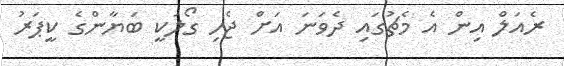
ރެއަލް އިން އެ މެޗުގައި ދެވަނަ އަށް ޖެހި ގޯލަކީ ބަޔާންގެ ކީޕަރު